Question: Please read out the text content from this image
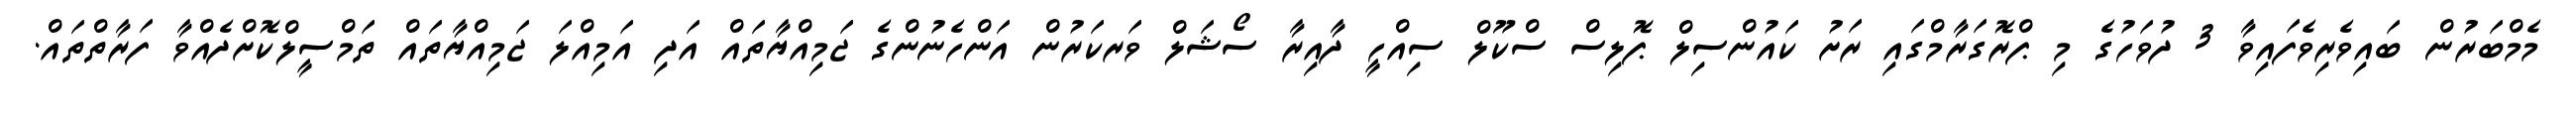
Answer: މެމްބަރުން ބައިވެރިވެފައިވާ 3 ދުވަހުގެ މި ޕްރޮގަރާމްގައި ރަށު ކައުންސިލް ޕޮލިސް ސްކޫލް ސިއްހީ ދާއިރާ ސޯޝަލް ވަރކަރުން އަންހެނުންގެ ޖަމިއްޔާތައް އަދި އަމިއްލަ ޖަމިއްޔާތައް ތަމްސީލްކޮށްދެއްވާ ފަރާތްތައް.